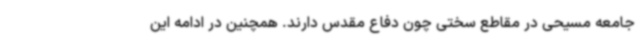
جامعه مسیحی در مقاطع سختی چون دفاع مقدس دارند. همچنین در ادامه این